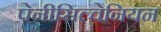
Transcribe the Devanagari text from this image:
पेनीसिल्वेनियन